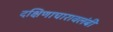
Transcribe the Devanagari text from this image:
दक्षिणाचारावलंबी